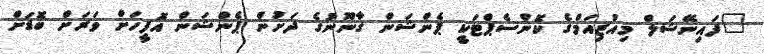
"ފައިނޭޝަލް މިއުޒިއަމްގެ ކޮންސެޕްޓަކީ ޕެންޝަން ގާނޫނުގެ ދަށުން ޕެންޝަން އޮފީހަށް ވަރަށް ބޮޑަށް